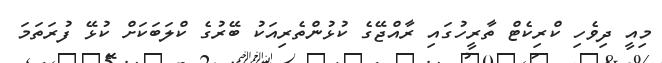
މިއީ ދިވެހި ކްރިކެޓް ތާރީހުގައި ރާއްޖޭގެ ކުޅުންތެރިއަކު ބޭރުގެ ކްލަބަކަށް ކުޅޭ ފުރަތަމަ